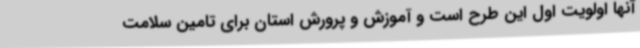
آنها اولویت اول این طرح است و آموزش و پرورش استان برای تامین سلامت